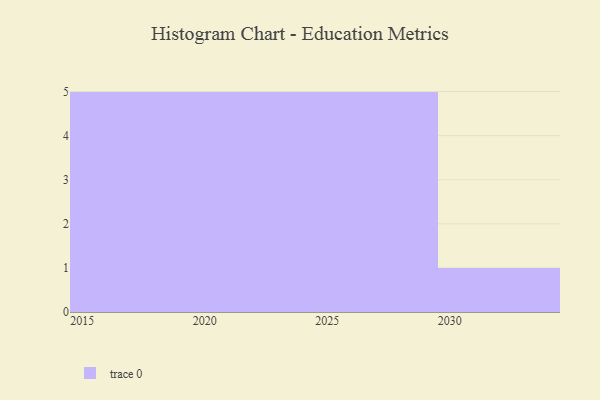
{"axis": {"x": "Year", "y": "Satisfaction Score"}, "legend": [""], "data": [{"x": "2018", "y": 57, "type": ""}, {"x": "2021", "y": 81, "type": ""}, {"x": "2020", "y": 59, "type": ""}, {"x": "2022", "y": 36, "type": ""}, {"x": "2015", "y": 43, "type": ""}, {"x": "2017", "y": 77, "type": ""}, {"x": "2016", "y": 5, "type": ""}, {"x": "2030", "y": 18, "type": ""}, {"x": "2027", "y": 58, "type": ""}, {"x": "2029", "y": 42, "type": ""}, {"x": "2026", "y": 100, "type": ""}, {"x": "2019", "y": 12, "type": ""}, {"x": "2028", "y": 54, "type": ""}, {"x": "2025", "y": 32, "type": ""}, {"x": "2024", "y": 35, "type": ""}, {"x": "2023", "y": 89, "type": ""}]}